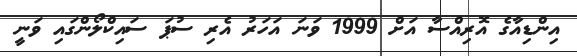
އިންޑިއާގެ އޮރިއްސާ އަށް 1999 ވަނަ އަހަރު އެރި ސުޕަ ސައިކްލޯންގައި ވަނީ